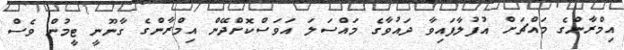
އިމްރާންގެ މައްޗަށް އުފުލާފައިވާ ދައުވާގެ މައްސަލަ އަވަސްކޮށްދޭން އިމްރާންގެ ގާނޫނީ ޓީމުން ވެސް